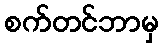
စက်တင်ဘာမှ